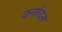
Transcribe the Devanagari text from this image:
कर्नावल